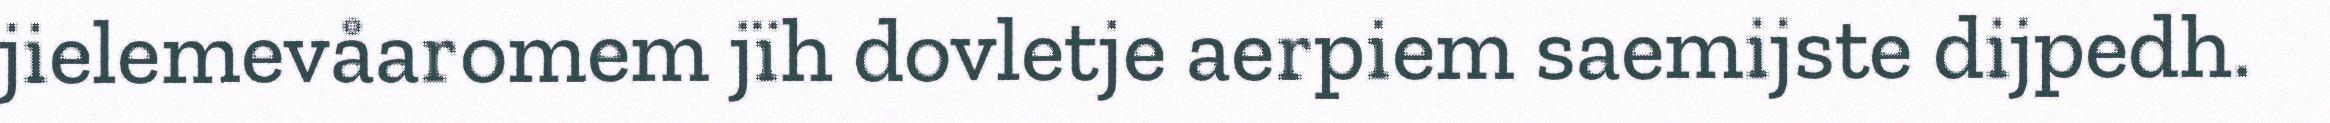
jielemevåaromem jïh dovletje aerpiem saemijste dijpedh.